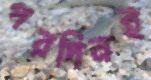
পরদিনই